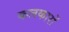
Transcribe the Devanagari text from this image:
कलकारों